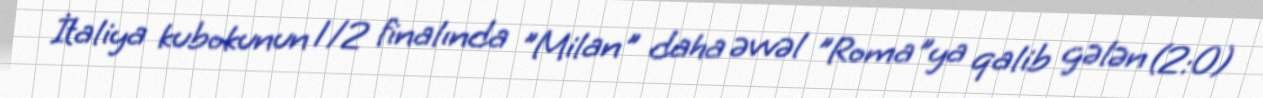
İtaliya kubokunun 1/2 finalında "Milan" daha əvvəl "Roma"ya qalib gələn (2:0)